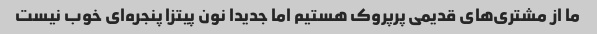
ما از مشتری‌های قدیمی پرپروک هستیم اما جدیدا نون پیتزا پنجره‌ای خوب نیست